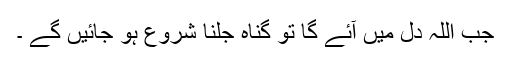
جب اللہ دل میں آئے گا تو گناہ جلنا شروع ہو جائیں گے ۔